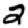
Digit: 2